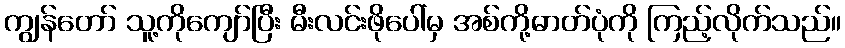
ကျွန်တော် သူ့ကိုကျော်ပြီး မီးလင်းဖိုပေါ်မှ အစ်ကို့ဓာတ်ပုံကို ကြည့်လိုက်သည်။